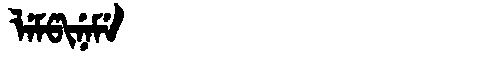
Manchu: ᠯᡝᠮᡦᡳᠨᡝᠮᡝ
Romanization: LEMPINEME